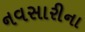
નવસારીના